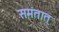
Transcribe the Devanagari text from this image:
समंतात्